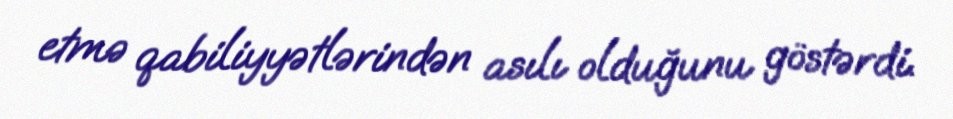
etmə qabiliyyətlərindən asılı olduğunu göstərdi.